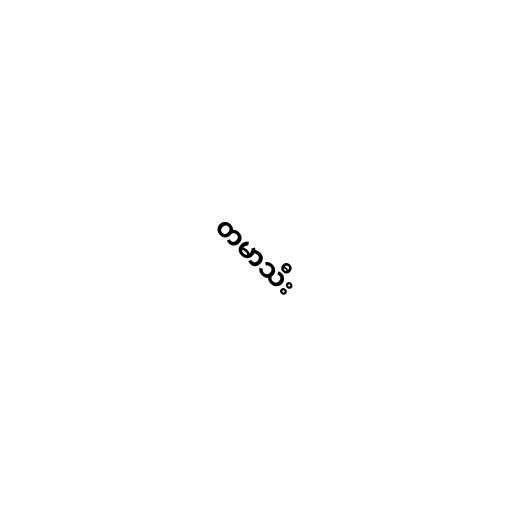
တမာသီး